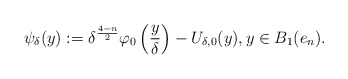
\begin{align*}\psi_\delta(y):= \delta^{\frac{4-n}{2}}\varphi_0\left(\frac{y}{\delta}\right)-U_{\delta,0}(y), y\in B_1(e_n).\end{align*}